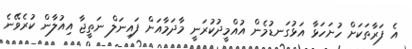
އެ ފަރާތަކަށް ހުށަހަޅާ އަޅުގަނޑުމެން އުއްމީދުކުރަނީ މާދަމާއަށް ފައިނަލް ނަތީޖާ އިއުލާން ކުރެވޭނެ